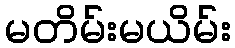
မတိမ်းမယိမ်း